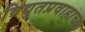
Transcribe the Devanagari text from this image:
विद्युतप्रवाहाच्या